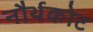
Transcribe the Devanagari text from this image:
नौर्थकोट